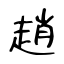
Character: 趙